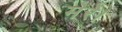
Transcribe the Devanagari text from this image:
मेरे।